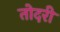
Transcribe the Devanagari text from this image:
तोदरी